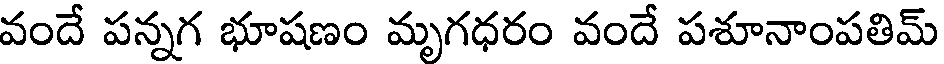
వందే పన్నగ భూషణం మృగధరం వందే పశూనాంపతిమ్